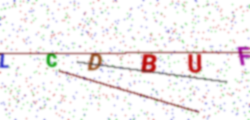
Text: LCDBUF